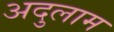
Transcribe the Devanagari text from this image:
अदुलाम